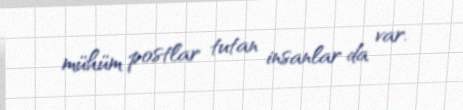
mühüm postlar tutan insanlar da var.